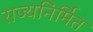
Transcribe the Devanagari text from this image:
राज्यनिर्मित